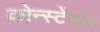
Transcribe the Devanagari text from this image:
कोन्स्टेंटीन